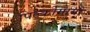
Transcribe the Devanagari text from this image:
पिल्कोमायो